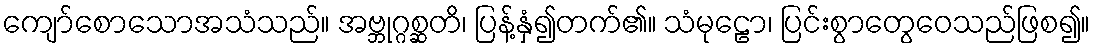
ကျော်စောသောအသံသည်။ အဗ္ဘုဂ္ဂစ္ဆတိ၊ ပြန့်နှံ၍တက်၏။ သံမုဠော၊ ပြင်းစွာတွေဝေသည်ဖြစ၍။